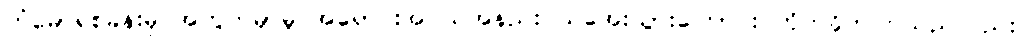
ကံမော်ရဲစခန်းမှ အတွက်မှာမူ အရောင်းအဝယ်အနည်းငယ်အေးသွားကြောင်း တိုက်ခိုက်ကြသည်လည်း